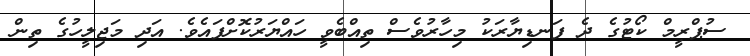
ސުޕްރީމް ކޯޓުގެ ދެ ފަނޑިޔާރަކު މިހާރުވެސް ތިއްބެވީ ހައްޔަރުކޮށްފައެވެ. އަދި މަޖިލީހުގެ ތިން